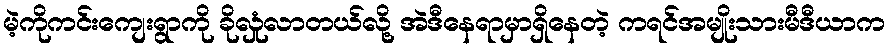
မဲ့ကိုကင်းကျေးရွာကို ခိုလှုံလာတယ်လို့ အဲဒီနေရာမှာရှိနေတဲ့ ကရင်အမျိုးသားမီဒီယာက